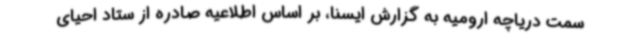
سمت دریاچه ارومیه به گزارش ایسنا، بر اساس اطلاعیه صادره از ستاد احیای